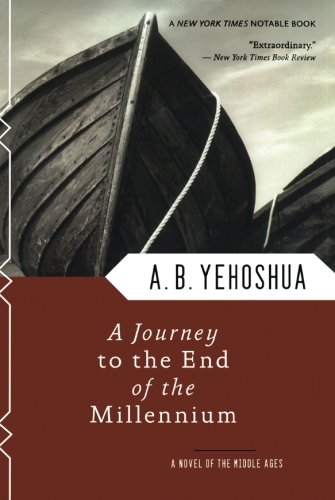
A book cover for A Journey to the End of the Millennium - A Novel of the Middle Ages; A. B. Yehoshua; Literature & Fiction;